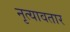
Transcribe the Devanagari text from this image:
नृत्यावतार